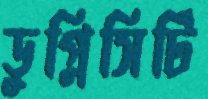
ডুপ্লিসিটি